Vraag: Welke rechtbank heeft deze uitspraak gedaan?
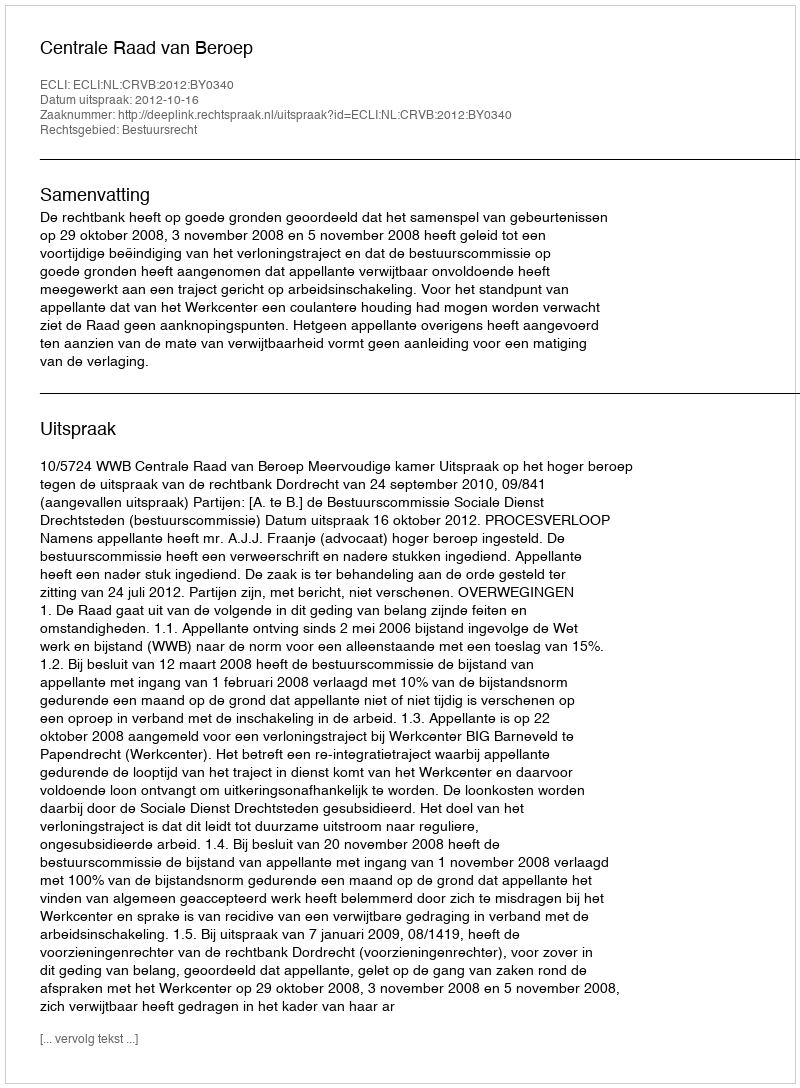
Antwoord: Centrale Raad van Beroep